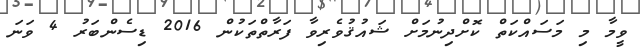
ވީމާ މި މަސައްކަތް ކޮށްދިނުމަށް ޝައުޤުވެރިވާ ފަރާތްތަކުން 2016 ޑިސެންބަރު 4 ވަނަ